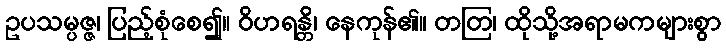
ဥပသမ္ပဇ္ဇ၊ ပြည့်စုံစေ၍။ ဝိဟရန္တိ၊ နေကုန်၏။ တတြ၊ ထိုသို့အရာမကများစွာ